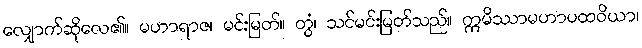
လျှောက်ဆိုလေ၏။ မဟာရာဇ၊ မင်းမြတ်။ တွံ၊ သင်မင်းမြတ်သည်။ ဣမိဿာမဟာပထဝိယာ၊